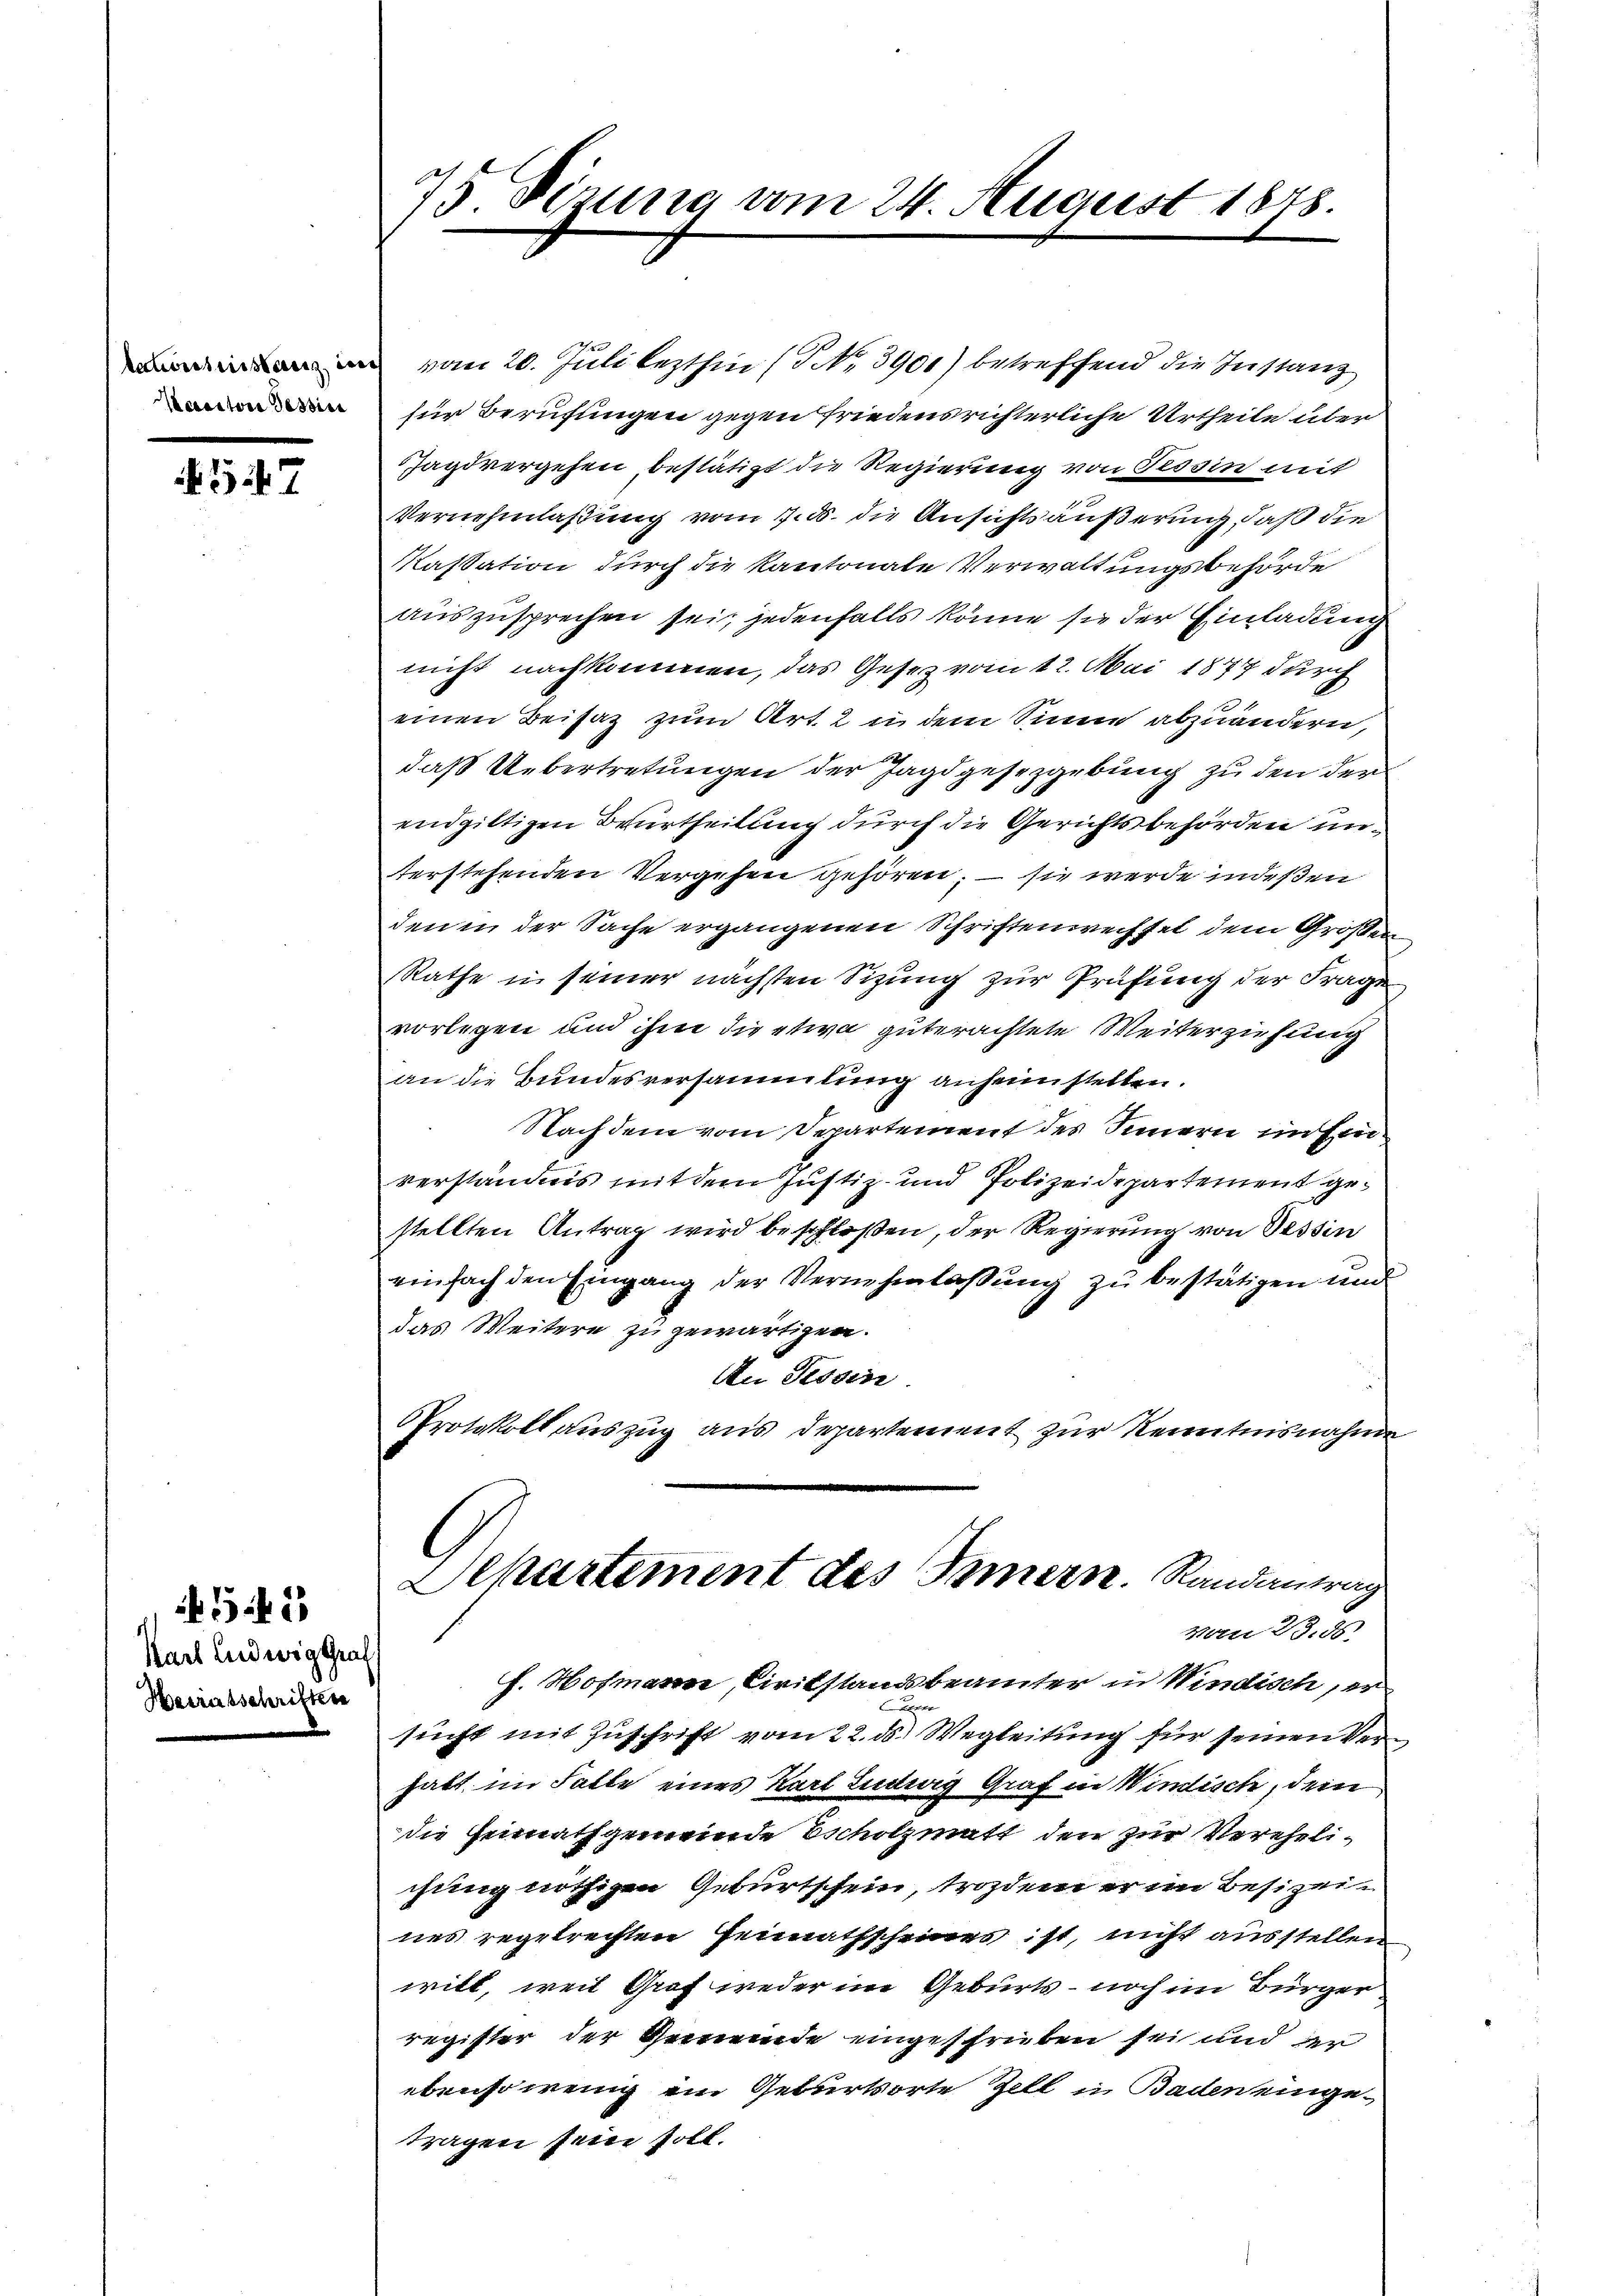
kationsistanz, der
Korectore Tessin

547

Karl Ludwig Graf
Heiratschriften

42

75 Dizung vom 24. August 1848

vom 20. Juli lezthin (P No. 3900) betreffend die Instanz
für Berufungen gegen friedensrichterliche Urtheile über
Jagdvergehen bestätigt die Regierung von Tessin mit
Vernehmlaßung vom 7. ds. die Ansichtsäußerung, daß die
Kassation durch die Kantonale Verwaltungsbehörde
auszusprechen sei, jedenfalls könne sie der Einladung
nicht nachkommen, das Gesetz vom 12. Mai 1877 durch
einen Beisatz zum Art. 2 in dem Sinne abzuändern,
daß Uebertretungen der Jagdgesetzgebung zu den der
endgiltigen Beurtheilung durch die Gerichtsbehörden unterstehenden Vergehen gehören; – sie werde indeßen
den in der Sache ergangenen Schriftenwechsel dem Großen
Rathe in seiner nächsten Sizung zur Prüfung der Frage,
vorlegen und ihm die etwa guterachtete Weiterziehung
an die Bundesversammlung anheimstellen.
Nachdem vom Departement des Innern im Einverständnis mit dem Justiz- und Polizeidepartement gestellten Antrag wird beschloßen, der Regierung von Tessin
einfach den Eingang der Vernehmlassung zu bestätigen und
das Weitere zu gewärtigen.
Au Tessin
Protokoll auszug aus Departement zur Kenntnisnahme
Departement des Innern. Randantrag
Vom 23. 85
h. Hofmanne, Civilstandsbeamter in Windisch per
.
sucht mit Zuschrift vom 22. ds. Wegleitung für seinen Verhabt im Falle eines Karl Ludwig Graf in Windisch, dem
die Heimathgemeinde scholzmatt den zur Verehelichung nöthigen Geburtschein, trozdem er im Besizeines regetrechten Heimathscheines ist, nicht ausstellen
witt, weil Graf weder im Geburts- noch im Bürger
register der Gemeinde eingeschrieben sei und der
ebensowenig ein Geburtsorte Zell in Badeneingetragen sein soll.